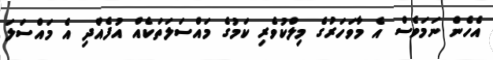
އެހެން ނަމަވެސް އެ މާވަހަރުގެ މިލްކުވެރި ކަމުގެ މައްސަލަތަކެއް އުފެއްދި އެ މައްސަލަ